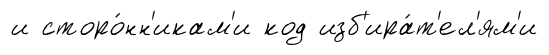
и сторо́нн'икам'и код изб'ира́т'ел'ям'и